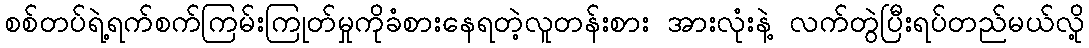
စစ်တပ်ရဲ့ရက်စက်ကြမ်းကြုတ်မှုကိုခံစားနေရတဲ့လူတန်းစား အားလုံးနဲ့ လက်တွဲပြီးရပ်တည်မယ်လို့